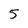
Character: 5